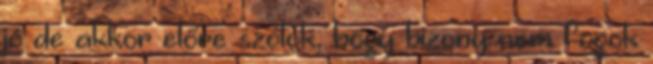
jó de akkor előre szólok, hogy bizony nem fogok